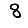
Digit: 8